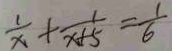
\frac { 1 } { x } + \frac { 1 } { x + 5 } = \frac { 1 } { 6 }